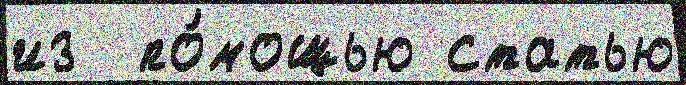
из  по́мощью статью